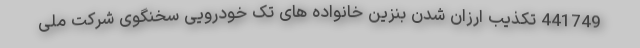
441749 تکذیب ارزان شدن بنزین خانواده های تک خودرویی سخنگوی شرکت ملی